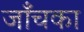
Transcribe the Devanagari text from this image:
जाँचका